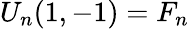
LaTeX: U_{n}(1,-1)=F_{n}